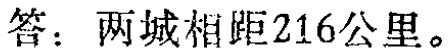
答：两城相距216公里。